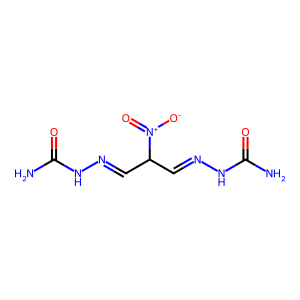
SMILES: NC(=O)NN=CC(C=NNC(N)=O)[N+](=O)[O-]
Inhibits HIV replication: No